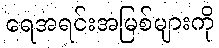
ရေအရင်းအမြစ်များကို